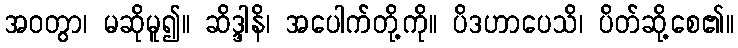
အဝတွာ၊ မဆိုမူ၍။ ဆိဒ္ဒါနိ၊ အပေါက်တို့ကို။ ပိဒဟာပေသိ၊ ပိတ်ဆို့စေ၏။